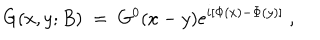
G ( x , y ; B ) \; = \; G ^ { 0 } ( x - y ) e ^ { i [ \Phi ( x ) - \Phi ( y ) ] } \; ,